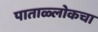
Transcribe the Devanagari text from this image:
पाताळ्लोकचा